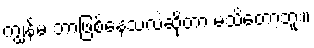
ကျွန်မ ဘာဖြစ်နေသလဲဆိုတာ မသိတော့ဘူး။